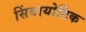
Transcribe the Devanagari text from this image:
सिंबायोटिक